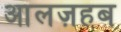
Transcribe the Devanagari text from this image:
आलज़हब